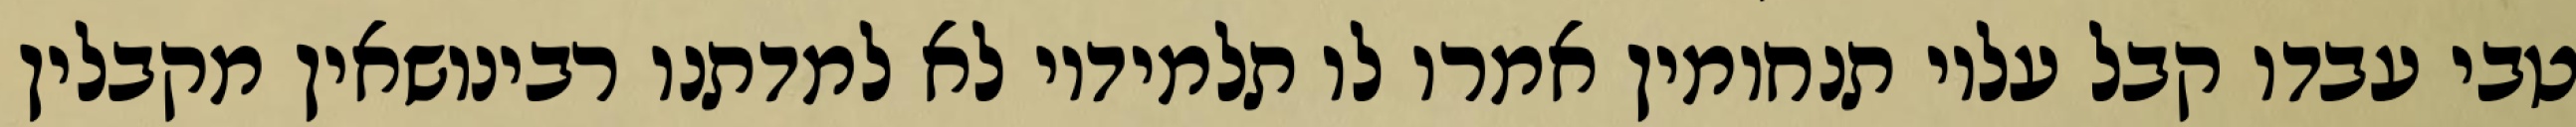
טבי עבדו קבל עליו תנחומין אמרו לו תלמידיו לא למדתנו רבינושאין מקבלין